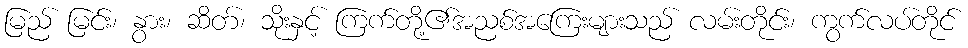
မြည် မြင်း၊ နွား၊ ဆိတ်၊ သိုးနှင့် ကြက်တို့၏အညစ်အကြေးများသည် လမ်းတိုင်း၊ ကွက်လပ်တိုင်